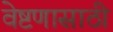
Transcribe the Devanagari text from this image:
वेष्टणासाठी